Vital statistics of India. Vol. V, Reports of 1876 on armies & jails and on epidemic cholera
Year: 1876
Disease focus: Cholera
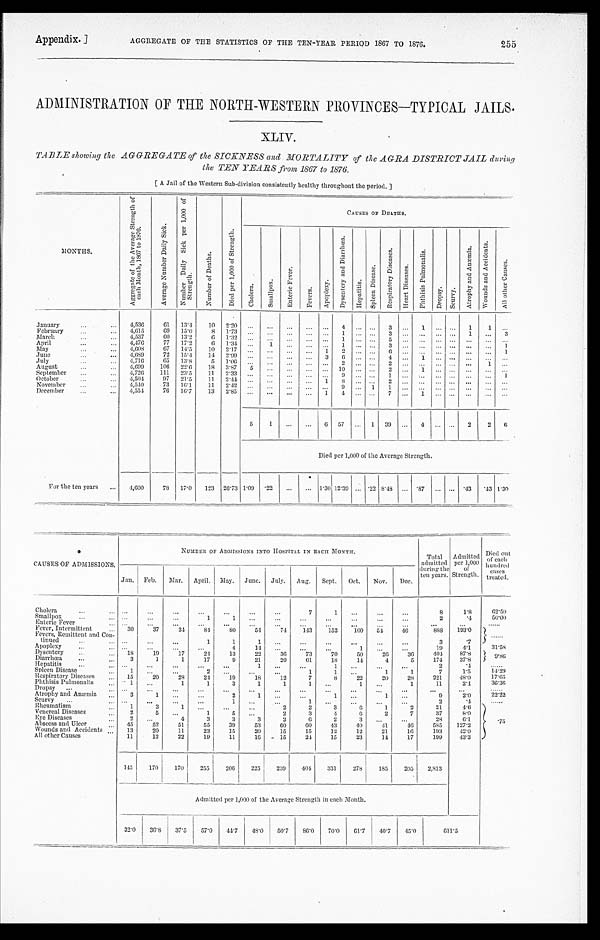
Appendix.] AGGREGATE OF THE STATISTICS OF THE TEN-YEAR PERIOD 1867 TO 1876. 255
ADMINISTRATION OF THE NORTH-WESTERN PROVINCES—TYPICAL JAILS.
XLIV.
TABLE showing the AGGREGATE of the SICKNESS and MORTALITY of the AGRA DISTRICT JAIL during
the TEN YEARS from 1867 to 1876.
[A Jail of the Western Sub-division consistently healthy throughout the period.]
MONTHS.
A g g r e g a t e o f t h e A v e r a g e S t r e n g t h o f
e a c h M o n t h , 1 8 6 7 t o 1 8 7 6 .
A v e r a g e N u m b e r D a i l y S i c k . N u m b e r D a i l y S i c k p e r 1 , 0 0 0 o f
S t r e n g t h .
N u m b e r o f D e a t h s .
D i e d p e r 1 , 0 0 0 o f s t r e n g t h .
CAUSES OF DEATHS.
C h o l e r a .
S m a l l p o x .
E n t e r i c F e v e r .
F e v e r s .
A p o p l e x y . D y s e n t e r y a n d D i a r r h œ a . H e p a t i t i s .
S p l e e n D i s e a s e .
R e s p i r a t o r y D i s e a s e .
H e a r t D i s e a s e s .
P h t h i s i s P u l m o n a l i s .
D r o p s y . S c u r v y .
A t r o p h y a n d A n æ m i a .
W o u n d s a n d A c c i d e n t s .
A l l o t h e r C a u s e s .
January
4,536
6 1 13.4 1 0 2.20
4
3
1
1 1
February
4,615 69 15.0 8 1.73
1
3
1
3
March
4,537
6 0 13.2 6 1.32
1
5
April
4,476 77 17.2 6 1.34
1
1
3
1
May
4,608 67 14.5 1 0 2.17
1 2
6
1
June
4 , 6 8 9 72 15.4 1 4 2.99
3 6
4
1
July
4,716
6 5 13.8 5 1.06
2
2
1
August
4,699 106 22.6 18 3.87 5
1 0
2
1
September
4,726 111 23.5 11 2.33
9
1
1
October
4,504 97 21.5 11 2.44
1 8
2
November
4,540 73 16.1 11 2.42
9
1 1
December
4,554 76 16.7 13 2.85
1 4
7
1
5 1
6 57
1 39
4
2 2
6
Died per 1,000 of the Average Strength.
For the ten years
4,600 78 17.0 123 26.73 1 . 0 9 . 2 2
1.30 12.39 .22 8.48
. 8 7
. 4 3 .43
1 . 3 0
CAUSES OF ADMISSIONS.
NUMBER OF ADMISSIONS INTO HOSPITAL IN BACH MONTH.
Total
admitted d u r i n g t h e
ten Years.
Admitted per 1,000
of
Strength.
Died out
of each
hundred c a s e s
treated.
Jan. Feb. Mar. April. May. June. July. Aug. Sept. Oct. Nov. Dec.
Cholera
7
1
8
1 . 8
6 2 . 5 0
Smallpox
1
1
2
. 4 5 0 . 0 0
Enteric Fever
Fever, Intermittent
30
3 7
3 4 8 4
8 0
5 4
7 4
1 4 3
1 5 2 100 54 46
888 193.0
Fevers, Remittent and Con-
t i n u e d
1
1
1
3
. 7
A p o p l e x y
4 14
1
19 4 . 1
3 1 . 5 8
Dysentery
1 8 19 17 24 13 22 36 73 70 50 26 36 404
87.8
Diarrhœa
3 1
1 17
9 21 20 61 18 14 4
5 174 37.8
Hepatitis
1
1
2
. 4
1 4 . 2 9
Spleen Disease
1
2
1
1
1
1
7
1 . 5
1 4 . 2 9
Respiratory Diseases
1 5 20 28 24 19 18 12
7
8 22 20 28
2 2 1
4 8 . 0
1 7 . 6 5
Phthisis Pulmonalis
1
1
1
3
1
1
1
1
1
1 1
2 . 4
3 6 . 3 6
Dropsy Atrophy and Anæmia
3
1
2 1
1
1
9
2 . 0
2 2 . 2 2
Scury Rheumatism
1
3
1
2
2
3
6
1 2
21
4.6
. 7 5
Venereal Diseases
2
5
1
5
2
3
4
6
2
7
37
8 . 0
Eye Diseases
2
4
3
3
3
2
6 2
3
28 6 . 1
Abseess and Ulcer
4 5 52 51 55 39 53
6 0
6 0 43
4 0
4 1 46 5 8 5 127.2
Wounds and Accidents
13 20 11
23 15 20 15 15 12 12 21 16
1 9 3
4 2 . 0
All other Causes
11 12 22 19 11 16 15 24 15 23 14 17
1 9 9 43.3
145 170 170 255 206 225 239 404 331 278 185 205 2,813
Admitted per 1,000 of the Average Strength in each month.
32.0
3 6 . 8
37.5 57.0 44.7 4 8 . 0
50.7 86.0 70.0 61.7 40.7 45.0
6 1 1 . 5